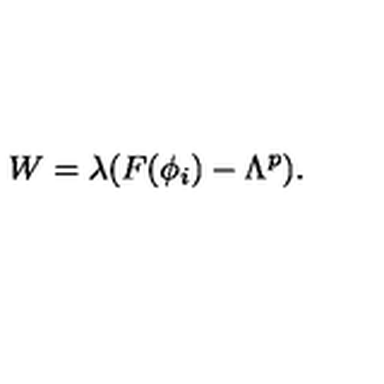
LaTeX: W = \lambda ( F ( \phi _ { i } ) - \Lambda ^ { p } ) .